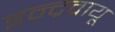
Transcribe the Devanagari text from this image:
इन्द्रवायू